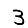
Digit: 3